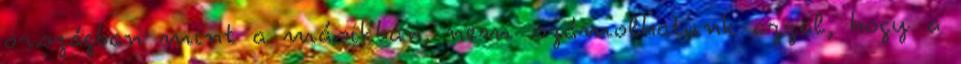
országban mint a másikban, nem számolhatunk azzal, hogy a